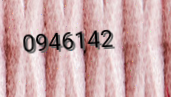
0946142